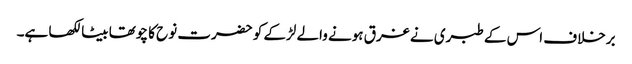
برخلاف اس کے طبری نے غرق ہونے والے لڑکے کو حضرت نوح کا چوتھا بیٹا لکھا ہے۔